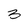
Character: 3